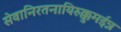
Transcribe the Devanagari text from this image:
सेवानिरतनायिरुक्कुमईन्न